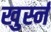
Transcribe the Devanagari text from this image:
खुर्स्न